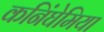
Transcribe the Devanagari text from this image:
कनिंघेमिया